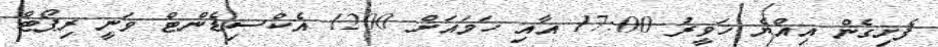
ފެށިގެން އިއްޔެ ހަވީރު 17:00 އާއި ހަމައަށް 1200 އެކްސިޑެންޓް ވަނީ ރިޕޯޓް